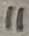
Text: 11